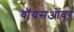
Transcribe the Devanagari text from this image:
वॉयसओवर